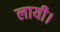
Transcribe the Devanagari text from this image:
लायी।